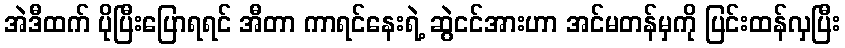
အဲဒီထက် ပိုပြီးပြောရရင် အီတာ ကာရင်နေးရဲ့ ဆွဲငင်အားဟာ အင်မတန်မှကို ပြင်းထန်လှပြီး